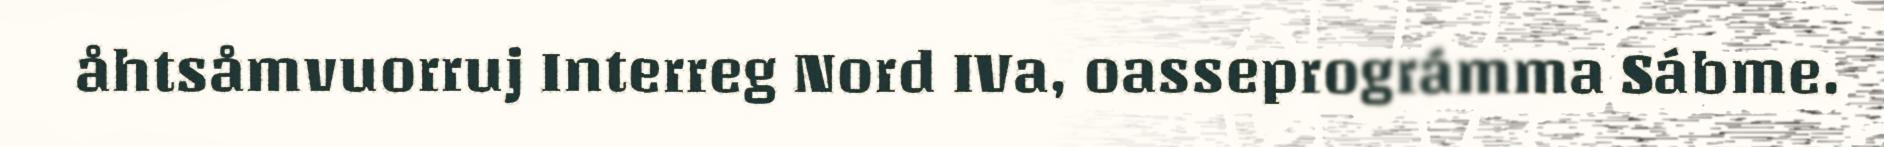
åhtsåmvuorruj Interreg Nord IVa, oasseprográmma Sábme.